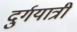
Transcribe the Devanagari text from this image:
दुर्गयात्री